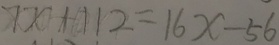
7 x + 1 1 2 = 1 6 x - 5 6